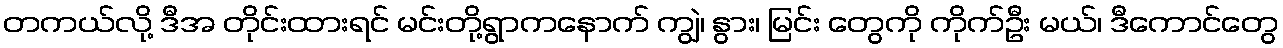
တကယ်လို့ ဒီအ တိုင်းထားရင် မင်းတို့ရွာကနောက် ကျွဲ၊ နွား၊ မြင်း တွေကို ကိုက်ဦး မယ်၊ ဒီကောင်တွေ